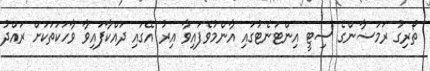
ތޯރިގު ރަމަޟާންގެ ސިޓީ އިންޓަނެޓުގައި އާންމުވެފައިވާ އިރު އޭގައި ދައްކާފައިވާ ވާހަކަތަކަށް ރައްދު